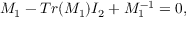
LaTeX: M _ { 1 } - T r ( M _ { 1 } ) { \cal I } _ { 2 } + M _ { 1 } ^ { - 1 } = 0 ,